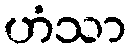
ဟံသာ